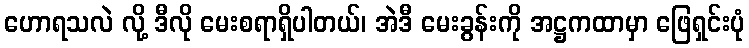
ဟောရသလဲ လို့ ဒီလို မေးစရာရှိပါတယ်၊ အဲဒီ မေးခွန်းကို အဋ္ဌကထာမှာ ဖြေရှင်းပုံ